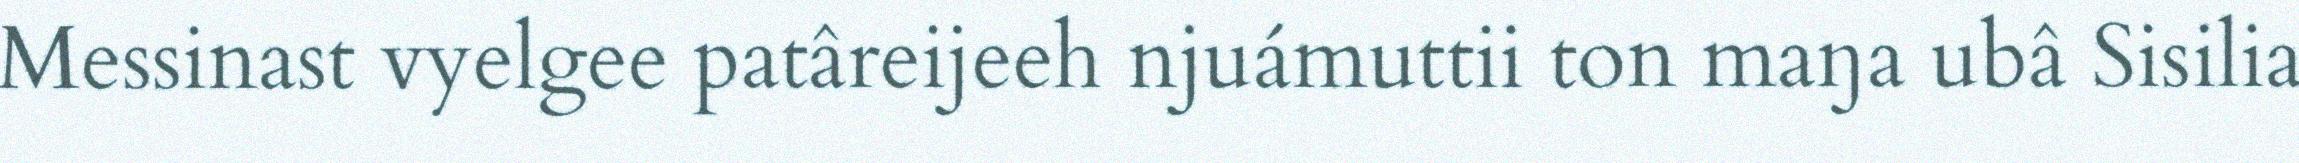
Messinast vyelgee patâreijeeh njuámuttii ton maŋa ubâ Sisilia